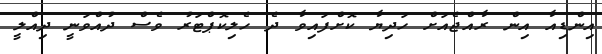
އިންޑިއާ އިން ރާއްޖެއަށް ހަދިޔާ ކޮށްފައިވާ ދެ ހެލިކޮޕްޓަރު ވެސް ދުއްވަނީ ދިއްލީ